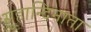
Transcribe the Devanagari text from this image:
सुहान्दिनाता